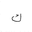
Letter: _kaf